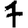
Digit: 7